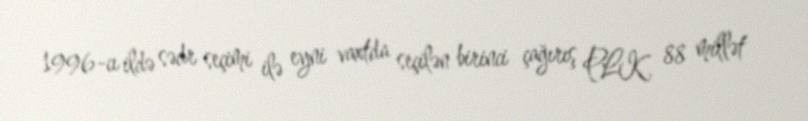
1996-cı ildə sədr seçimi ilə eyni vaxtda seçilən birinci çağırış PLK 88 millət